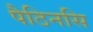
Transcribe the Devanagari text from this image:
पैठिनसि